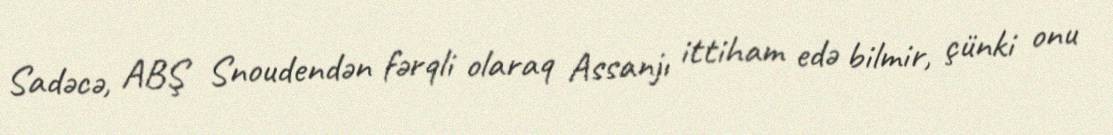
Sadəcə, ABŞ Snoudendən fərqli olaraq Assanjı ittiham edə bilmir, çünki onu